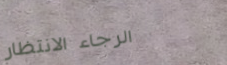
الرجاء الانتظار